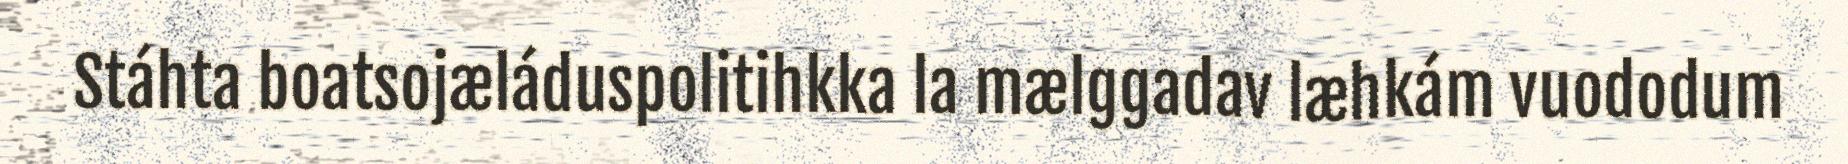
Stáhta boatsojæláduspolitihkka la mælggadav læhkám vuododum